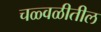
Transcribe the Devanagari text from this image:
चळ्वळीतील